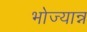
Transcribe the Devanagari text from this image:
भोज्यान्न